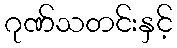
ဂုဏ်သတင်းနှင့်